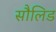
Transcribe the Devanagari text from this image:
सौलिड